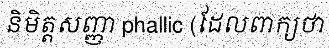
និមិត្តសញ្ញា phallic (ដែលពាក្យថា